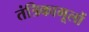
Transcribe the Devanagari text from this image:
तंत्रिकामूलों